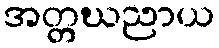
အတ္တဃညာယ